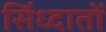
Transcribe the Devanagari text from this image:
सिंध्दातों